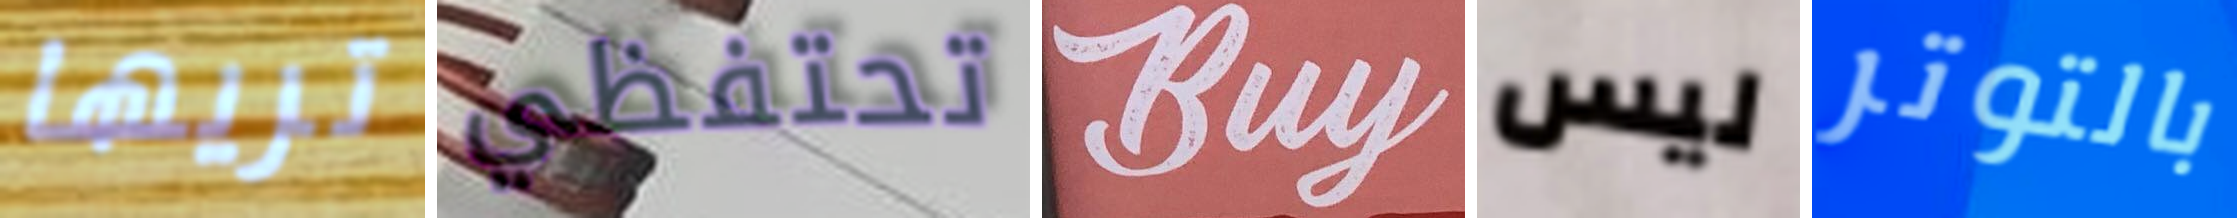
تريها تحتفظي Buy ليس بالتوتر